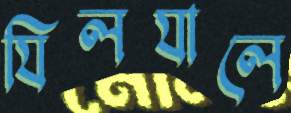
যিলযালে